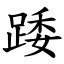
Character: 踒